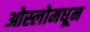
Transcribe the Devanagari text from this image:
ओस्लोमधून